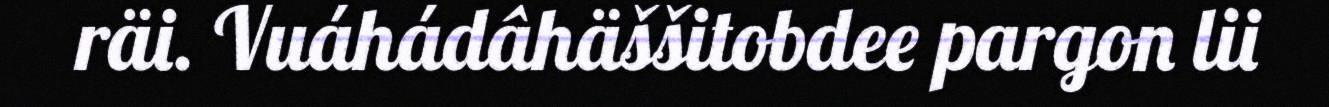
räi. Vuáhádâhäššitobdee pargon lii